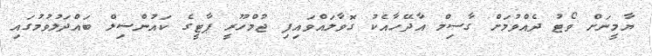
ޔާމީނަށް ވޯޓު ދެއްވުމަށް ގާސިމް އާދޭހާއެކު ގޮވާލައްވައިފި ޖުމްހޫރީ ޕާޓީގެ ކައުންސިލް ބައްދަލުވުމުގައި